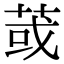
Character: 𦱂